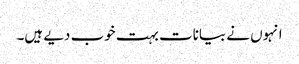
انہوں نے بیانات بہت خوب دیے ہیں۔